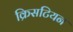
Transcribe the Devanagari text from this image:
क्रिसटियन